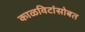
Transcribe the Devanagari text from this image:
काळविटांसोबत